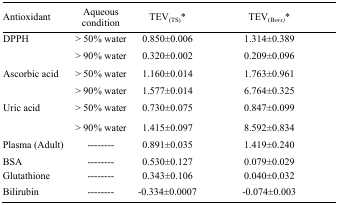
<table><thead><tr><td><b>Antioxidant</b></td><td><b>Aqueous condition</b></td><td><b>TEV<sub>(TS)</sub>*</b></td><td><b>TEV<sub>(B</sub><sub>ors)</sub>*</b></td></tr></thead><tbody><tr><td rowspan="2">DPPH</td><td>&gt; 50% water</td><td>0.850±0.006</td><td>1.314±0.389</td></tr><tr><td>&gt; 90% water</td><td>0.320±0.002</td><td>0.209±0.096</td></tr><tr><td rowspan="2">Ascorbic acid</td><td>&gt; 50% water</td><td>1.160±0.014</td><td>1.763±0.961</td></tr><tr><td>&gt; 90% water</td><td>1.577±0.014</td><td>6.764±0.325</td></tr><tr><td rowspan="2">Uric acid</td><td>&gt; 50% water</td><td>0.730±0.075</td><td>0.847±0.099</td></tr><tr><td>&gt; 90% water</td><td>1.415±0.097</td><td>8.592±0.834</td></tr><tr><td>Plasma (Adult)</td><td>--------</td><td>0.891±0.035</td><td>1.419±0.240</td></tr><tr><td>BSA</td><td>--------</td><td>0.530±0.127</td><td>0.079±0.029</td></tr><tr><td>Glutathione</td><td>--------</td><td>0.343±0.106</td><td>0.040±0.032</td></tr><tr><td>Bilirubin</td><td>--------</td><td>-0.334±0.0007</td><td>-0.074±0.003</td></tr></tbody></table>